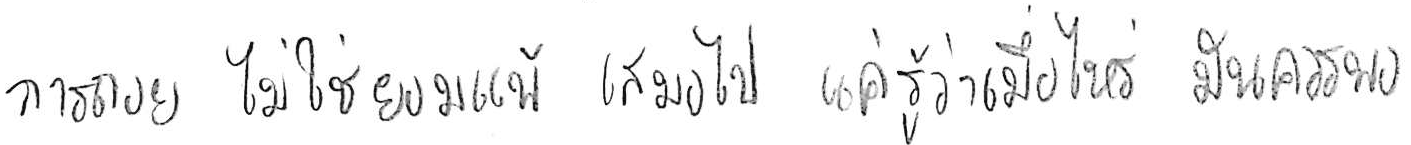
การถอย ไม่ใช่ยอมแพ้ เสมอไป แค่รู้ว่าเมื่อไหร่ มันควรพอ